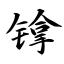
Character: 镎